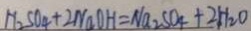
H _ { 2 } S O _ { 4 } + 2 N a O H = N a _ { 2 } S O _ { 4 } + 2 H _ { 2 } O